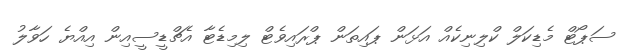
ސަޕޯޓް މެޑިކަލް ކްލިނިކެއް އަޅަން ޕައިތަން ޕްރައިވެޓް ލިމިޑެޓާ އެޗްޑީސީއިން އިއްޔެ ހަވާލު